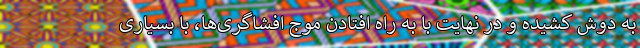
به دوش کشیده و در نهایت با به راه افتادن موج افشاگری‌ها، با بسیاری